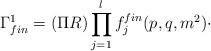
LaTeX: \begin{align*}\Gamma _{fin}^{1}=(\Pi R)\prod_{j=1}^{l}f_{j}^{fin}(p,q,m^{2})\cdot\end{align*}